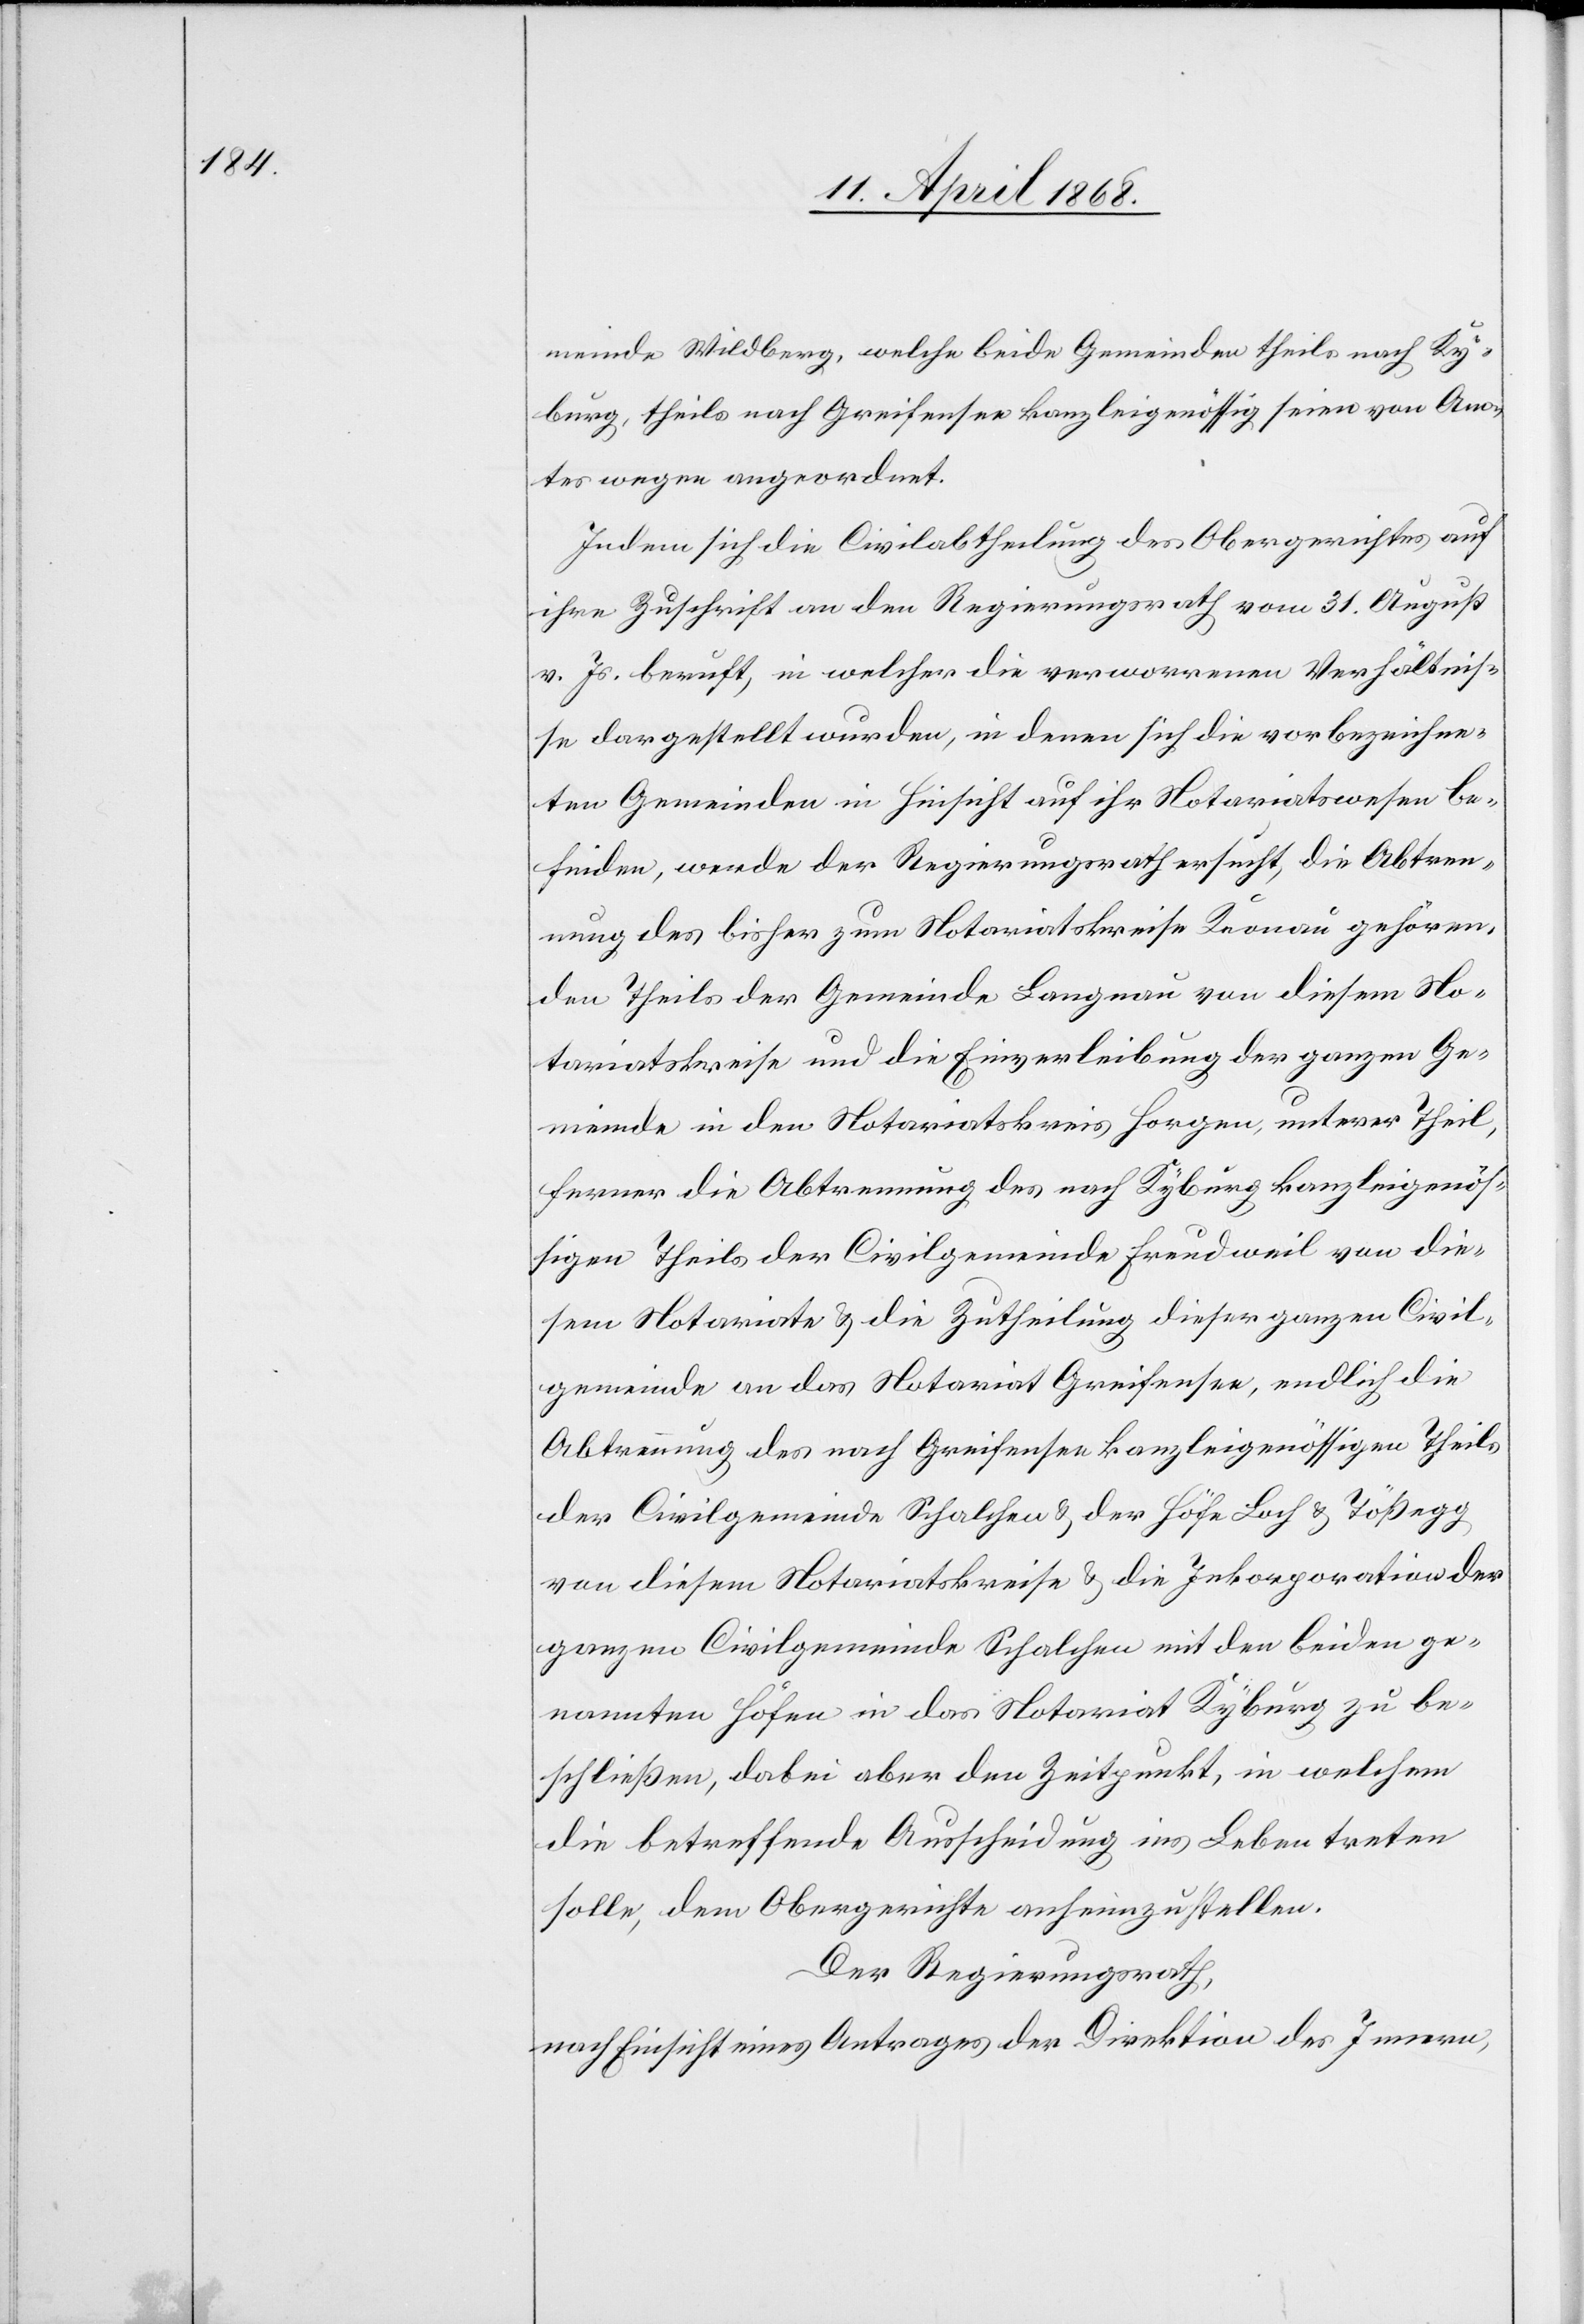
meinde Wildberg, welche beide Gemeinden theils nach Ky¬
burg, theils nach Greifensee kanzleigenössig seien von Am¬
tes wegen angeordnet.
Indem sich die Civilabtheilung des Obergerichtes auf
ihre Zuschrift an den Regierungsrath vom 31. August
v. Js. beruft, in welcher die verworrenen Verhältnis¬
se dargestellt wurden, in denen sich die vorbezeichne¬
ten Gemeinden in Hinsicht auf ihr Notariatswesen be¬
finden, werde der Regierungsrath ersucht, die Abtren¬
nung des bisher zum Notariatskreise Knonau gehören¬
den Theils der Gemeinde Langnau von diesem No¬
tariatskreise und die Einverleibung der ganzen Ge¬
meinde in den Notariatskreis Horgen, unterer Theil,
ferner die Abtrennung des nach Kyburg kanzleigenös¬
sigen Theils der Civilgemeinde Freudweil von die¬
sem Notariate & die Zutheilung dieser ganzen Civil¬
gemeinde an das Notariat Greifensee, endlich die
Abtrennung des nach Greifensee kanzleigenössigen Theils
der Civilgemeinde Schalchen & der Höfe Loch & Tößegg
von diesem Notariatskreise & die Inkorporation der
ganzen Civilgemeinde Schalchen mit den beiden ge¬
nannten Höfen in das Notariat Kyburg zu be¬
schließen, dabei aber den Zeitpunkt, in welchem
die betreffende Ausscheidung ins Leben treten
solle, dem Obergerichte anheimzustellen.
Der Regierungsrath,
nach Einsicht eines Antrages der Direktion des Innern,